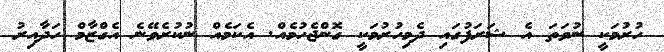
ހުރުމަކީ ނުވަތަ އެ ޝަރަފުގައި ދެމިހުރުމަކީ ގޮންޖެހުމެއް. އެކަމެއް ނުކުރެވޭނެ އެގްޒާމް ހަދާއިރު